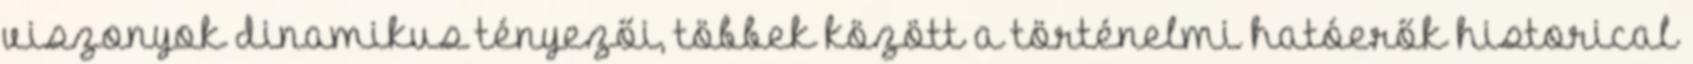
viszonyok dinamikus tényezői, többek között a történelmi hatóerők historical